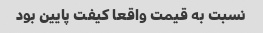
نسبت به قیمت واقعا کیفت پایین بود